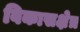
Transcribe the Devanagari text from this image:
विकासक्षेत्र